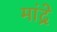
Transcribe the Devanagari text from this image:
मांद्रे